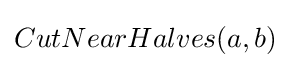
CutNearHalves(a,b)